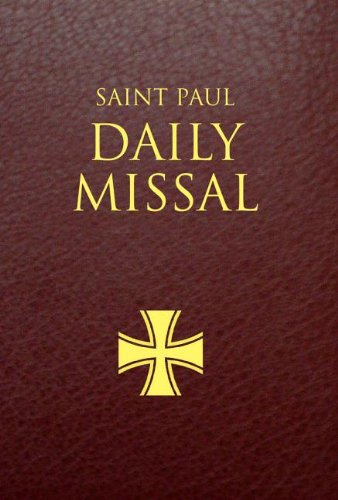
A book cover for Saint Paul Daily Missal: Burgundy Leatherflex; Christian Books & Bibles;